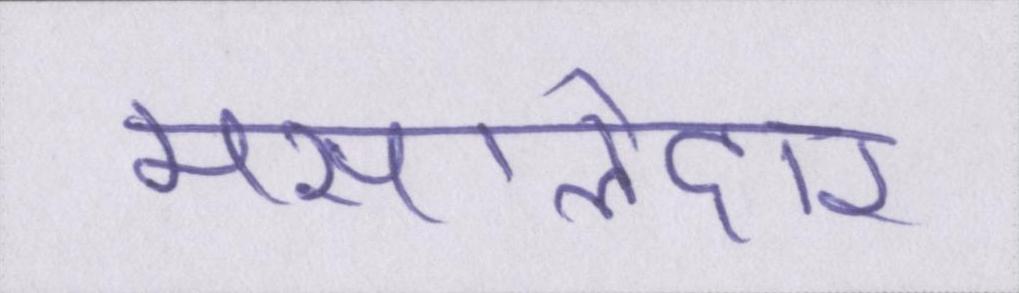
मसालेदार